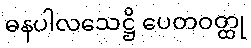
ဓနပါလသေဋ္ဌိ ပေတဝတ္ထု